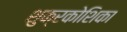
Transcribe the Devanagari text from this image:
शुक्रकोशिका